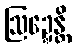
ဩဍ္ဍေန္တိ